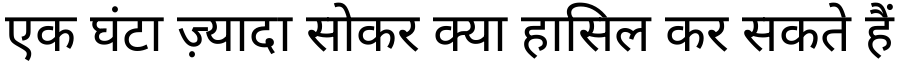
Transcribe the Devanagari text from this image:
एक घंटा ज़्यादा सोकर क्या हासिल कर सकते हैं